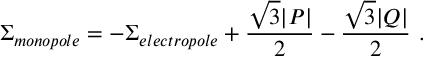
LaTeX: \Sigma _ { m o n o p o l e } = - \Sigma _ { e l e c t r o p o l e } + { \frac { \sqrt 3 | P | } { 2 } } - { \frac { \sqrt 3 | Q | } { 2 } } \ .